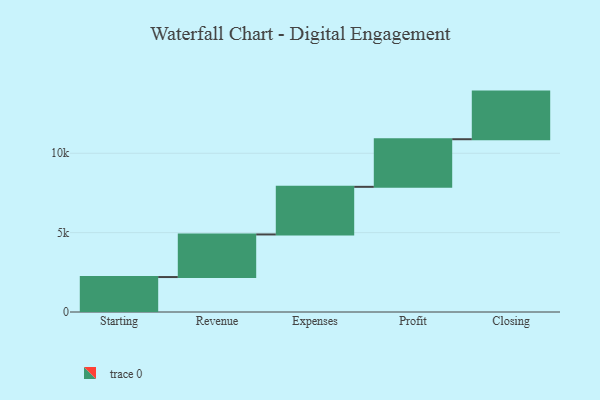
{"axis": {"x": "Step", "y": "Value"}, "legend": [""], "data": [{"x": "Starting", "y": 2202.0, "type": ""}, {"x": "Revenue", "y": 2684.0, "type": ""}, {"x": "Expenses", "y": 3000, "type": ""}, {"x": "Profit", "y": 3000, "type": ""}, {"x": "Closing", "y": 3000, "type": ""}]}